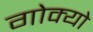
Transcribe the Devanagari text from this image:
गोक्यो